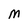
Character: M